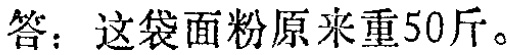
答：这袋面粉原来重50斤。